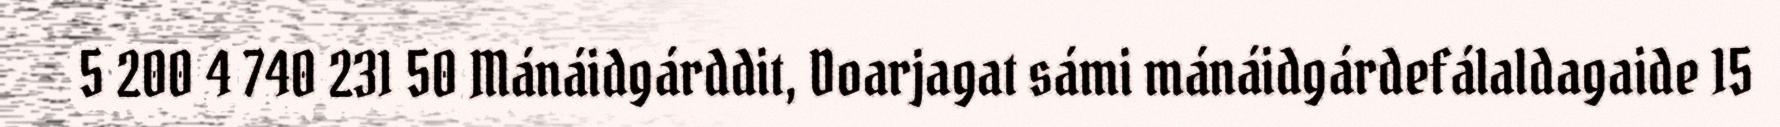
5 200 4 740 231 50 Mánáidgárddit, Doarjagat sámi mánáidgárdefálaldagaide 15